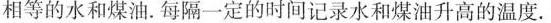
相等的水和煤油.每隔一定的时间记录水和煤油升高的温度.